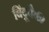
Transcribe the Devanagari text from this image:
बिंदूपैकी